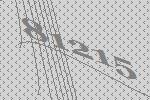
81215